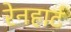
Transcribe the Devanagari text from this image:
रेनहार्ट